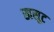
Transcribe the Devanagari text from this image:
खसूट